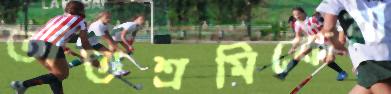
তাঁতশ্রমিকেরা